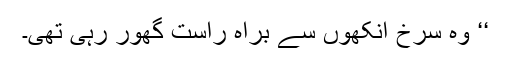
‘‘ وہ سرخ آنکھوں سے براہ راست گھور رہی تھی۔